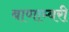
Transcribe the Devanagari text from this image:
बाणाम्बरी